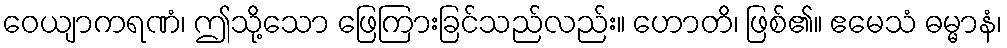
ဝေယျာကရဏံ၊ ဤသို့သော ဖြေကြားခြင်သည်လည်း။ ဟောတိ၊ ဖြစ်၏။ ဧမေသံ ဓမ္မာနံ၊